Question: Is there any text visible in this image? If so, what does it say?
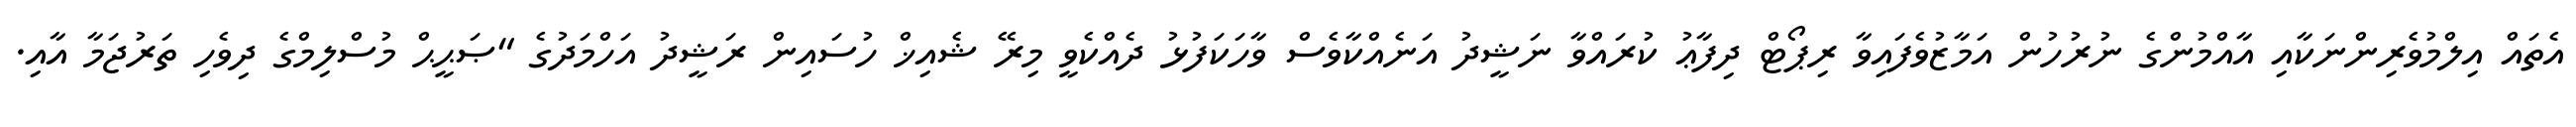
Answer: އެތައް އިލްމުވެރިންނަކާއި އާއްމުންގެ ނުރުހުން އަމާޒުވެފައިވާ ރިޕޯޓް ދިފާޢު ކުރައްވާ ނަޝީދު އަނެއްކާވެސް ވާހަކަފުޅު ދެއްކެވީ މިރޭ ޝެއިޚް ހުސައިން ރަޝީދު އަހްމަދުގެ "ޞަޙީޙް މުސްލިމްގެ ދިވެހި ތަރުޖަމާ އާއި.